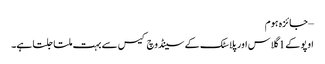
– جائزہ ہوم
اوپو کے 1 گلاس اور پلاسٹک کے سینڈوچ کیس سے بہت ملتا جلتا ہے۔